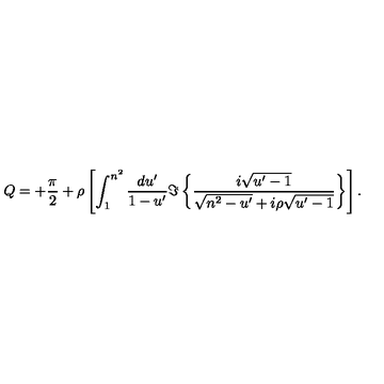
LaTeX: Q = + { \frac { \pi } { 2 } } + \rho \left[ \int _ { 1 } ^ { n ^ { 2 } } { \frac { d u ^ { \prime } } { 1 - u ^ { \prime } } } \Im \left\{ { \frac { i \sqrt { u ^ { \prime } - 1 } } { \sqrt { n ^ { 2 } - u ^ { \prime } } + i \rho \sqrt { u ^ { \prime } - 1 } } } \right\} \right] .